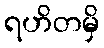
ရဟိတမှိ